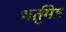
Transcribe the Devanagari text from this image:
भर्तृमेष्ट